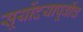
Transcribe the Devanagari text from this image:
सूर्योदयापूर्वीच